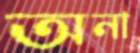
অনা